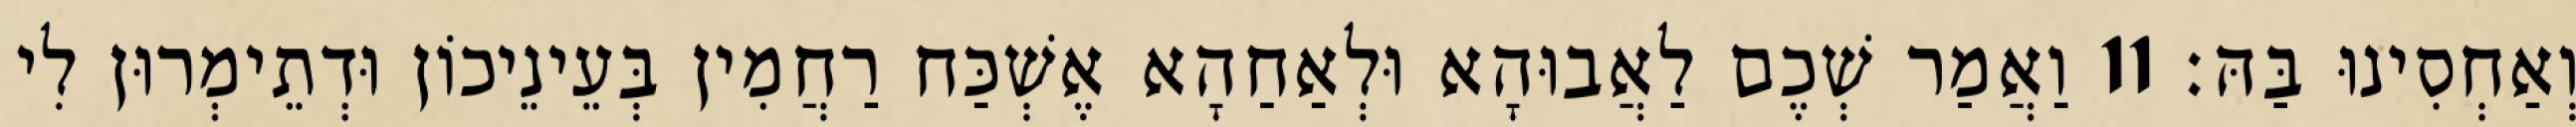
וְאַחְסִינוּ בַּהּ׃ 11 וַאֲמַר שְׁכֶם לַאֲבוּהָא וּלְאַחַהָא אֶשְׁכַּח רַחֲמִין בְּעֵינֵיכוֹן וּדְתֵימְרוּן לִי